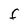
Character: F